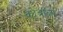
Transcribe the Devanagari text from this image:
क्यूबाला